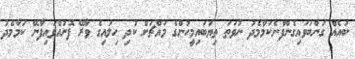
ބައެއް ގަންބަވައިގެންފާނެކަމާމެދު ނުވަތަ ތިޔަބައިމީހުންގެ މައްޗަށް ކުދި ހިލައިގެ ވާރޭ ފޮނުއްވައިފާނޭ ކަމާމެދު